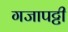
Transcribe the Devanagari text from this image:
गजापट्टी